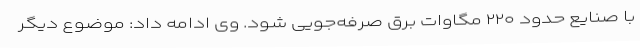
با صنایع حدود ۲۲۰ مگاوات برق صرفه‌جویی شود. وی ادامه داد: موضوع دیگر